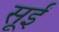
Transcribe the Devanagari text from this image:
सूईं